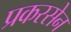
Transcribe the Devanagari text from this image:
प्रकरसेन